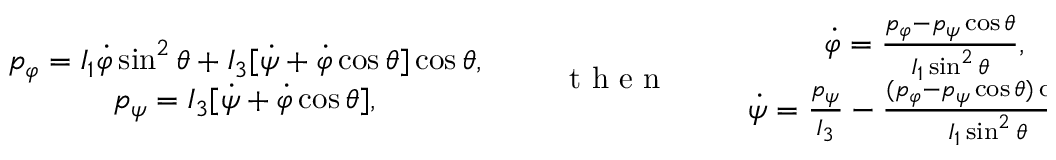
\begin{array} { r } { \begin{array} { c } { p _ { \varphi } = I _ { 1 } \dot { \varphi } \sin ^ { 2 } \theta + I _ { 3 } [ \dot { \psi } + \dot { \varphi } \cos \theta ] \cos \theta , } \\ { p _ { \psi } = I _ { 3 } [ \dot { \psi } + \dot { \varphi } \cos \theta ] , } \end{array} \qquad \mathrm { ~ t ~ h ~ e ~ n ~ } \qquad \begin{array} { c } { \dot { \varphi } = \frac { p _ { \varphi } - p _ { \psi } \cos \theta } { I _ { 1 } \sin ^ { 2 } \theta } , } \\ { \dot { \psi } = \frac { p _ { \psi } } { I _ { 3 } } - \frac { ( p _ { \varphi } - p _ { \psi } \cos \theta ) \cos \theta } { I _ { 1 } \sin ^ { 2 } \theta } . } \end{array} } \end{array}